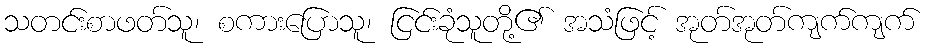
သတင်းစာဖတ်သူ၊ စကားပြောသူ၊ ငြင်းခုံသူတို့၏ အသံဖြင့် အုတ်အုတ်ကျက်ကျက်